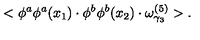
< \phi ^ { a } \phi ^ { a } ( x _ { 1 } ) \cdot \phi ^ { b } \phi ^ { b } ( x _ { 2 } ) \cdot \omega _ { \gamma _ { 3 } } ^ { ( 5 ) } > .